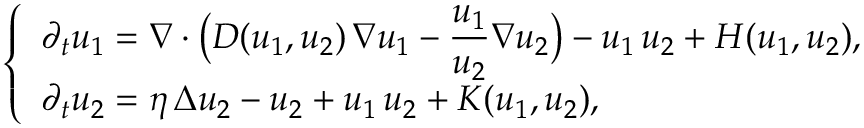
\left\{ \begin{array} { l l } { \displaystyle \partial _ { t } u _ { 1 } = \nabla \cdot \big ( D ( u _ { 1 } , u _ { 2 } ) \, \nabla u _ { 1 } - \frac { u _ { 1 } } { u _ { 2 } } \nabla u _ { 2 } \big ) - u _ { 1 } \, u _ { 2 } + H ( u _ { 1 } , u _ { 2 } ) , } \\ { \displaystyle \partial _ { t } u _ { 2 } = \eta \, \Delta u _ { 2 } - u _ { 2 } + u _ { 1 } \, u _ { 2 } + K ( u _ { 1 } , u _ { 2 } ) , } \end{array} \right.